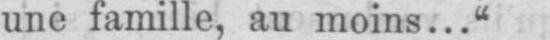
une famille, au moins...“